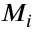
M _ { i }